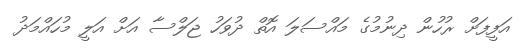
އަފީފަށް ރުހުން ދިނުމުގެ މައްސަލަ އޮތް ދުވަހު ޖަލްސާ އަށް އަލީ މުހައްމަދު